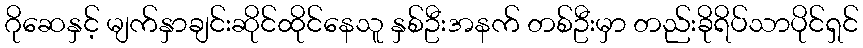
ဂိုဆေနှင့် မျက်နှာချင်းဆိုင်ထိုင်နေသူ နှစ်ဦးအနက် တစ်ဦးမှာ တည်းခိုရိပ်သာပိုင်ရှင်